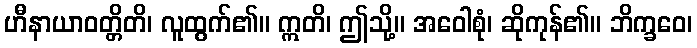
ဟီနာယာဝတ္တိတိ၊ လူထွက်၏။ ဣတိ၊ ဤသို့။ အဝေါစုံ၊ ဆိုကုန်၏။ ဘိက္ခဝေ၊